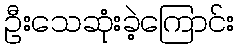
ဦးသေဆုံးခဲ့ကြောင်း